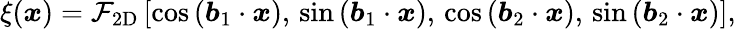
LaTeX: \begin{array}{r}{\xi({\boldsymbol x})=\mathcal{F}_{\mathrm{2D}}\left[\cos\left({\boldsymbol b_{1}}\cdot{\boldsymbol x}\right),\, \sin\left({\boldsymbol b_{1}}\cdot{\boldsymbol x}\right),\, \cos\left({\boldsymbol b_{2}}\cdot{\boldsymbol x}\right),\, \sin\left({\boldsymbol b_{2}}\cdot{\boldsymbol x}\right)\right],}\end{array}